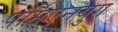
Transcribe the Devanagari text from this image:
पर्मिएनयुग